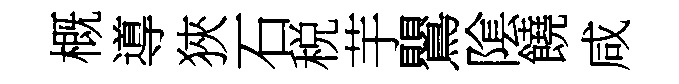
概導狹石税芋鸎隂饒咸